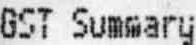
GST SUMMARY